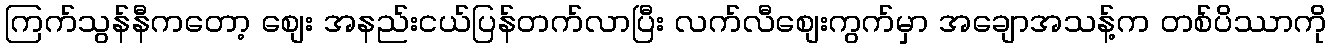
ကြက်သွန်နီကတော့ စျေး အနည်းငယ်ပြန်တက်လာပြီး လက်လီစျေးကွက်မှာ အချောအသန့်က တစ်ပိဿာကို